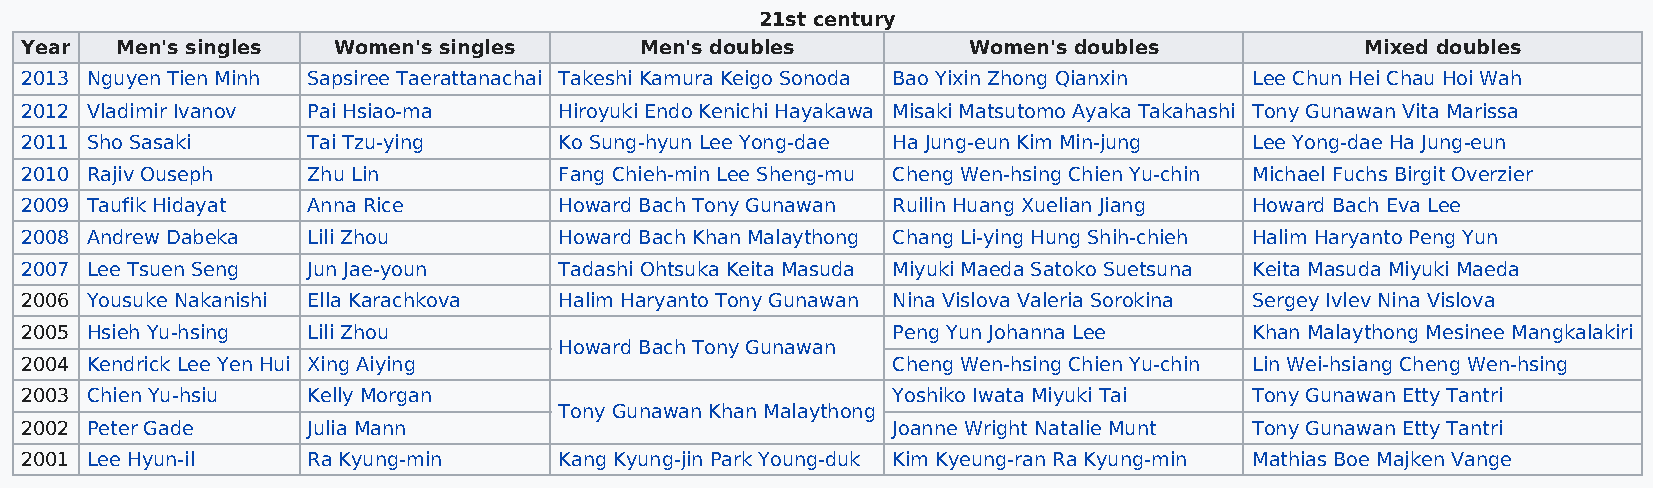
21st century
 Year   Men's singles Women's singles     Men's doubles         Women's doubles           Mixed doubles
 2013 Nguyen Tien Minh Sapsiree Taerattanachai Takeshi Kamura Keigo Sonoda Bao Yixin Zhong Qianxin Lee Chun Hei Chau Hoi Wah
 2012 Vladimir Ivanov Pai Hsiao-ma   Hiroyuki Endo Kenichi Hayakawa Misaki Matsutomo Ayaka Takahashi Tony Gunawan Vita Marissa
 2011 Sho Sasaki    Tai Tzu-ying     Ko Sung-hyun Lee Yong-dae Ha Jung-eun Kim Min-jung Lee Yong-dae Ha Jung-eun
 2010 Rajiv Ouseph  Zhu Lin          Fang Chieh-min Lee Sheng-mu Cheng Wen-hsing Chien Yu-chin Michael Fuchs Birgit Overzier
 2009 Taufik Hidayat Anna Rice       Howard Bach Tony Gunawan Ruilin Huang Xuelian Jiang Howard Bach Eva Lee
 2008 Andrew Dabeka Lili Zhou        Howard Bach Khan Malaythong Chang Li-ying Hung Shih-chieh Halim Haryanto Peng Yun
 2007 Lee Tsuen Seng Jun Jae-youn    Tadashi Ohtsuka Keita Masuda Miyuki Maeda Satoko Suetsuna Keita Masuda Miyuki Maeda
 2006 Yousuke Nakanishi Ella Karachkova Halim Haryanto Tony Gunawan Nina Vislova Valeria Sorokina Sergey Ivlev Nina Vislova
 2005 Hsieh Yu-hsing Lili Zhou                             Peng Yun Johanna Lee    Khan Malaythong Mesinee Mangkalakiri
 Howard Bach Tony Gunawan
 2004 Kendrick Lee Yen Hui Xing Aiying                     Cheng Wen-hsing Chien Yu-chin Lin Wei-hsiang Cheng Wen-hsing
 2003 Chien Yu-hsiu Kelly Morgan                           Yoshiko Iwata Miyuki Tai Tony Gunawan Etty Tantri
 Tony Gunawan Khan Malaythong
 2002 Peter Gade    Julia Mann                             Joanne Wright Natalie Munt Tony Gunawan Etty Tantri
 2001 Lee Hyun-il   Ra Kyung-min     Kang Kyung-jin Park Young-duk Kim Kyeung-ran Ra Kyung-min Mathias Boe Majken Vange